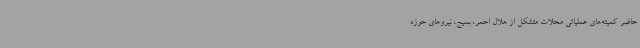
حاضر کمیته‌های عملیاتی محلات متشکل از هلال احمر، بسیج، نیروهای حوزه